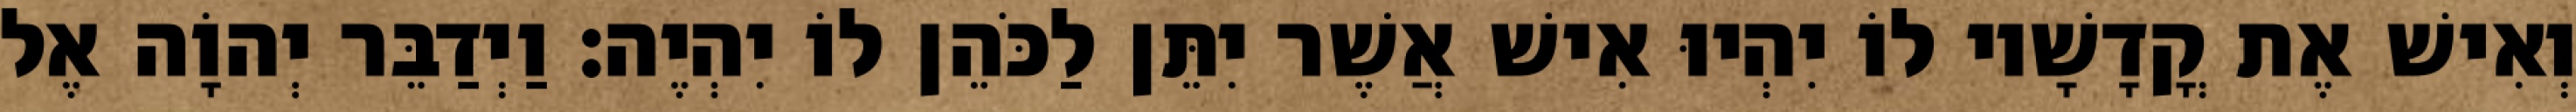
וְאִישׁ אֶת קֳדָשָׁיו לוֹ יִהְיוּ אִישׁ אֲשֶׁר יִתֵּן לַכֹּהֵן לוֹ יִהְיֶה׃ וַיְדַבֵּר יְהוָֹה אֶל